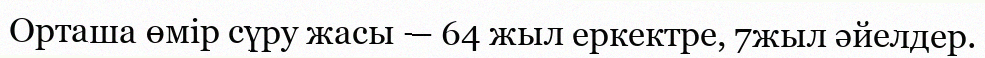
Орташа өмір сүру жасы — 64 жыл еркектре, 7жыл әйелдер.